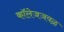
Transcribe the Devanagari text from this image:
कॉलेजजवळ